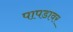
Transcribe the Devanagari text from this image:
पापडावर